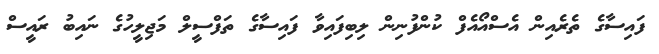
ފައިސާގެ ތެރެއިން އެސްއޯއެފް ކުންފުނިން ލިބިފައިވާ ފައިސާގެ ތަފްސީލް މަޖިލީހުގެ ނައިބު ރައީސް